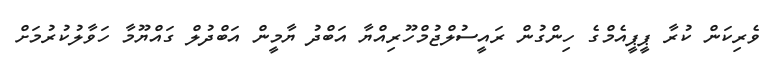
ވެރިކަން ކުރާ ޕީޕީއެމްގެ ހިންގުން ރައީސުލްޖުމްހޫރިއްޔާ އަބްދު ޔާމީން އަބްދުލް ގައްޔޫމާ ހަވާލުކުރުމަށް